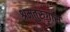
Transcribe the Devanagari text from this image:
श्रमतुरुंगास